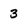
Character: 3